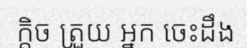
ក្តិច ត្រួយ អ្នក ចេះដឹង